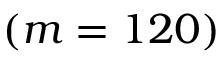
( m = 1 2 0 )